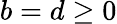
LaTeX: b=d\geq 0